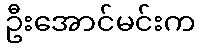
ဦးအောင်မင်းက